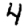
Digit: 4